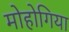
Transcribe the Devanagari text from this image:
मोहोगिया